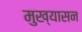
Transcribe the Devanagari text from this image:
मुख्यासन